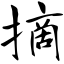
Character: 摘